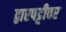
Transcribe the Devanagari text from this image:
द्वारपट्टीवर